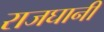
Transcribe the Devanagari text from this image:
राजघानी